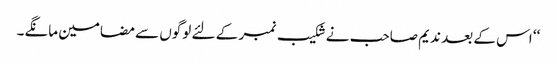
‘‘ اس کے بعد ندیم صاحب نے شکیب نمبر کے لئے لوگوں سے مضامین مانگے۔